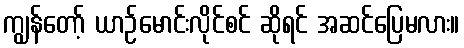
ကျွန်တော့် ယာဉ်မောင်းလိုင်စင် ဆိုရင် အဆင်ပြေမလား။